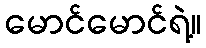
မောင်မောင်ရဲ့။